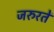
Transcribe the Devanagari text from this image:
जरुरतें